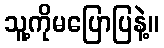
သူ့ကိုမပြောပြနဲ့။